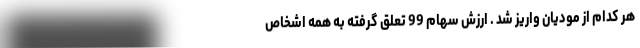
هر کدام از مودیان واریز شد . ارزش سهام 99 تعلق گرفته به همه اشخاص